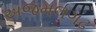
અજમલગઢ